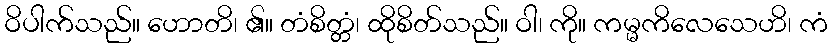
ဝိပါက်သည်။ ဟောတိ၊ ၏။ တံစိတ္တံ၊ ထိုစိတ်သည်။ ဝါ၊ ကို။ ကမ္မကိလေသေဟိ၊ ကံ